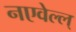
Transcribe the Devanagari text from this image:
नएवेल्ल्